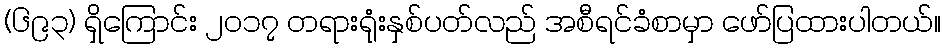
(၆၉၃) ရှိကြောင်း ၂၀၁၇ တရားရုံးနှစ်ပတ်လည် အစီရင်ခံစာမှာ ဖော်ပြထားပါတယ်။